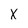
Character: X